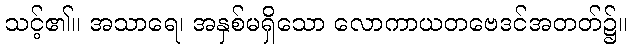
သင့်၏။ အသာရေ၊ အနှစ်မရှိသော လောကာယတဗေဒင်အတတ်၌။